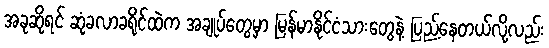
အခုဆိုရင် ဆုံခလာခရိုင်ထဲက အချုပ်တွေမှာ မြန်မာနိုင်ငံသားတွေနဲ့ ပြည့်နေတယ်လို့လည်း